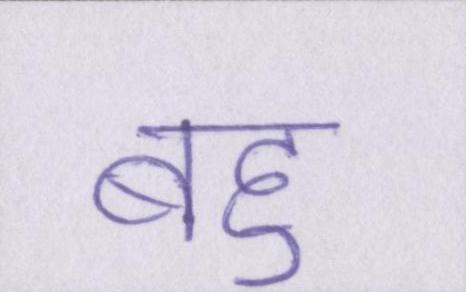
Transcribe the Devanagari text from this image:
बहु